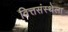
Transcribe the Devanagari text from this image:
वित्तसंस्थेला